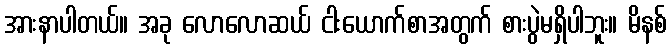
အားနာပါတယ်။ အခု လောလောဆယ် ငါးယောက်စာအတွက် စားပွဲမရှိပါဘူး။ မိနစ်